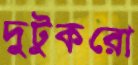
দুটুকরো